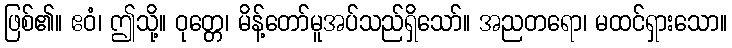
ဖြစ်၏။ ဧဝံ၊ ဤသို့။ ဝုတ္တေ၊ မိန့်တော်မူအပ်သည်ရှိသော်။ အညတရော၊ မထင်ရှားသော။